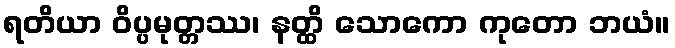
ရတိယာ ဝိပ္ပမုတ္တဿ၊ နတ္ထိ သောကော ကုတော ဘယံ။